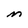
Character: M